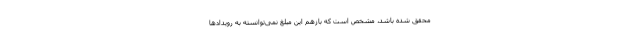
محقق شده باشد، مشخص است که بازهم این مبلغ نمی‌توانسته به رویدادها